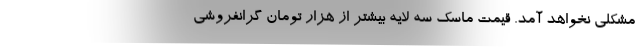
مشکلی نخواهد آمد. قیمت ماسک سه لایه بیشتر از هزار تومان گرانفروشی